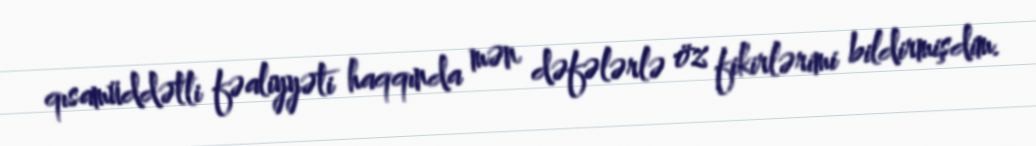
qısamüddətli fəaliyyəti haqqında mən dəfələrlə öz fikirlərimi bildirmişdim.